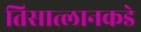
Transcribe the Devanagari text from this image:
तिसात्लानकडे